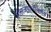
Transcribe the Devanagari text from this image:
कौलजणाननिर्णय